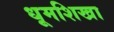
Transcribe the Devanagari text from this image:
धूमशिखा